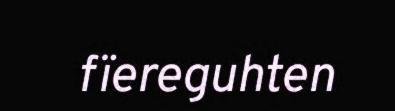
fïereguhten